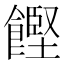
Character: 𮩌